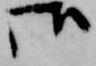
御